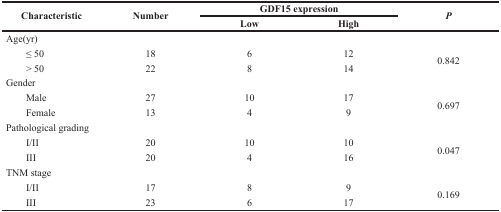
<table><thead><tr><td rowspan="2"><b>Characteristic</b></td><td rowspan="2"><b>Number</b></td><td colspan="2"><b>GDF15 expression</b></td><td rowspan="2"><b><i>P</i></b></td></tr><tr><td><b>Low</b></td><td><b>High</b></td></tr></thead><tbody><tr><td>Age(yr)</td><td></td><td></td><td></td><td></td></tr><tr><td> ≤ 50</td><td>18</td><td>6</td><td>12</td><td rowspan="2">0.842</td></tr><tr><td> &gt; 50</td><td>22</td><td>8</td><td>14</td></tr><tr><td>Gender</td><td></td><td></td><td></td><td></td></tr><tr><td> Male</td><td>27</td><td>10</td><td>17</td><td rowspan="2">0.697</td></tr><tr><td> Female</td><td>13</td><td>4</td><td>9</td></tr><tr><td>Pathological grading</td><td></td><td></td><td></td><td></td></tr><tr><td> I/II</td><td>20</td><td>10</td><td>10</td><td rowspan="2">0.047</td></tr><tr><td> III</td><td>20</td><td>4</td><td>16</td></tr><tr><td>TNM stage</td><td></td><td></td><td></td><td></td></tr><tr><td> I/II</td><td>17</td><td>8</td><td>9</td><td rowspan="2">0.169</td></tr><tr><td> III</td><td>23</td><td>6</td><td>17</td></tr></tbody></table>